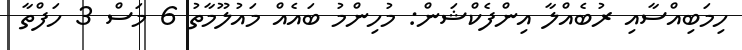
ހިިމަބިއްސާއި ރުބެއްލާ އިންފެކްޝަން: މުހިންމު ބައެއް މައުލޫމާތު 6 މަސް 3 ހަފްތާ